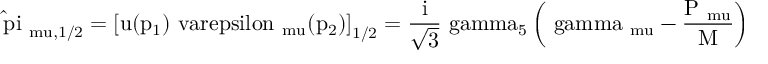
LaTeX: \mathrm { \hat { \ p i } _ { \ m u , 1 / 2 } = \left[ u ( p _ { 1 } ) \ v a r e p s i l o n _ { \ m u } ( p _ { 2 } ) \right] _ { 1 / 2 } = \frac { i } { \sqrt { 3 } } \ g a m m a _ { 5 } \left( \ g a m m a _ { \ m u } - \frac { P _ { \ m u } } { M } \right) \Psi ( P ) } ,